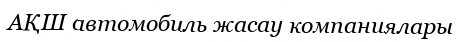
АҚШ автомобиль жасау компаниялары